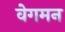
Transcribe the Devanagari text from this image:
वेगमन